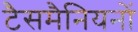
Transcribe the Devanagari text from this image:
टैसमैनियनों